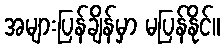
အများပြန်ချိန်မှာ မပြန်နိုင်။